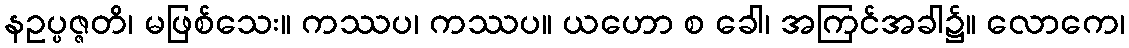
နဥပ္ပဇ္ဇတိ၊ မဖြစ်သေး။ ကဿပ၊ ကဿပ။ ယဟော စ ခေါ၊ အကြင်အခါ၌။ လောကေ၊